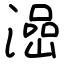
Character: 澏